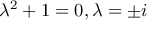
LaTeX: \lambda ^ { 2 } + 1 = 0 , \lambda = \pm i